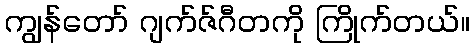
ကျွန်တော် ဂျက်ဇ်ဂီတကို ကြိုက်တယ်။